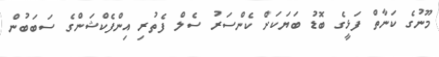
މޫނުގެ ކަނާތް ފަޅީގެ ބޮޑު ބަޔަކަށް ކެންސަރު ސެލް ފެތުރި އިންފެކްޝަންގެ ސަބަބުން